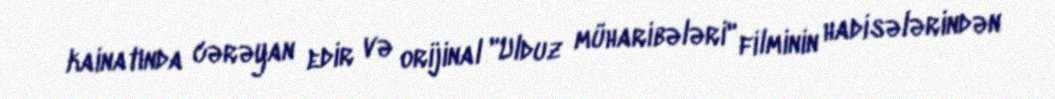
kainatında cərəyan edir və orijinal "Ulduz müharibələri" filminin hadisələrindən